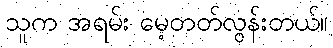
သူက အရမ်း မေ့တတ်လွန်းတယ်။